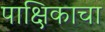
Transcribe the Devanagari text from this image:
पाक्षिकाचा